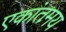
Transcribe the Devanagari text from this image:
एकांतमय